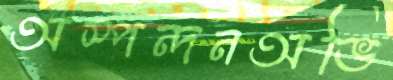
অস্পন্দনঅভি